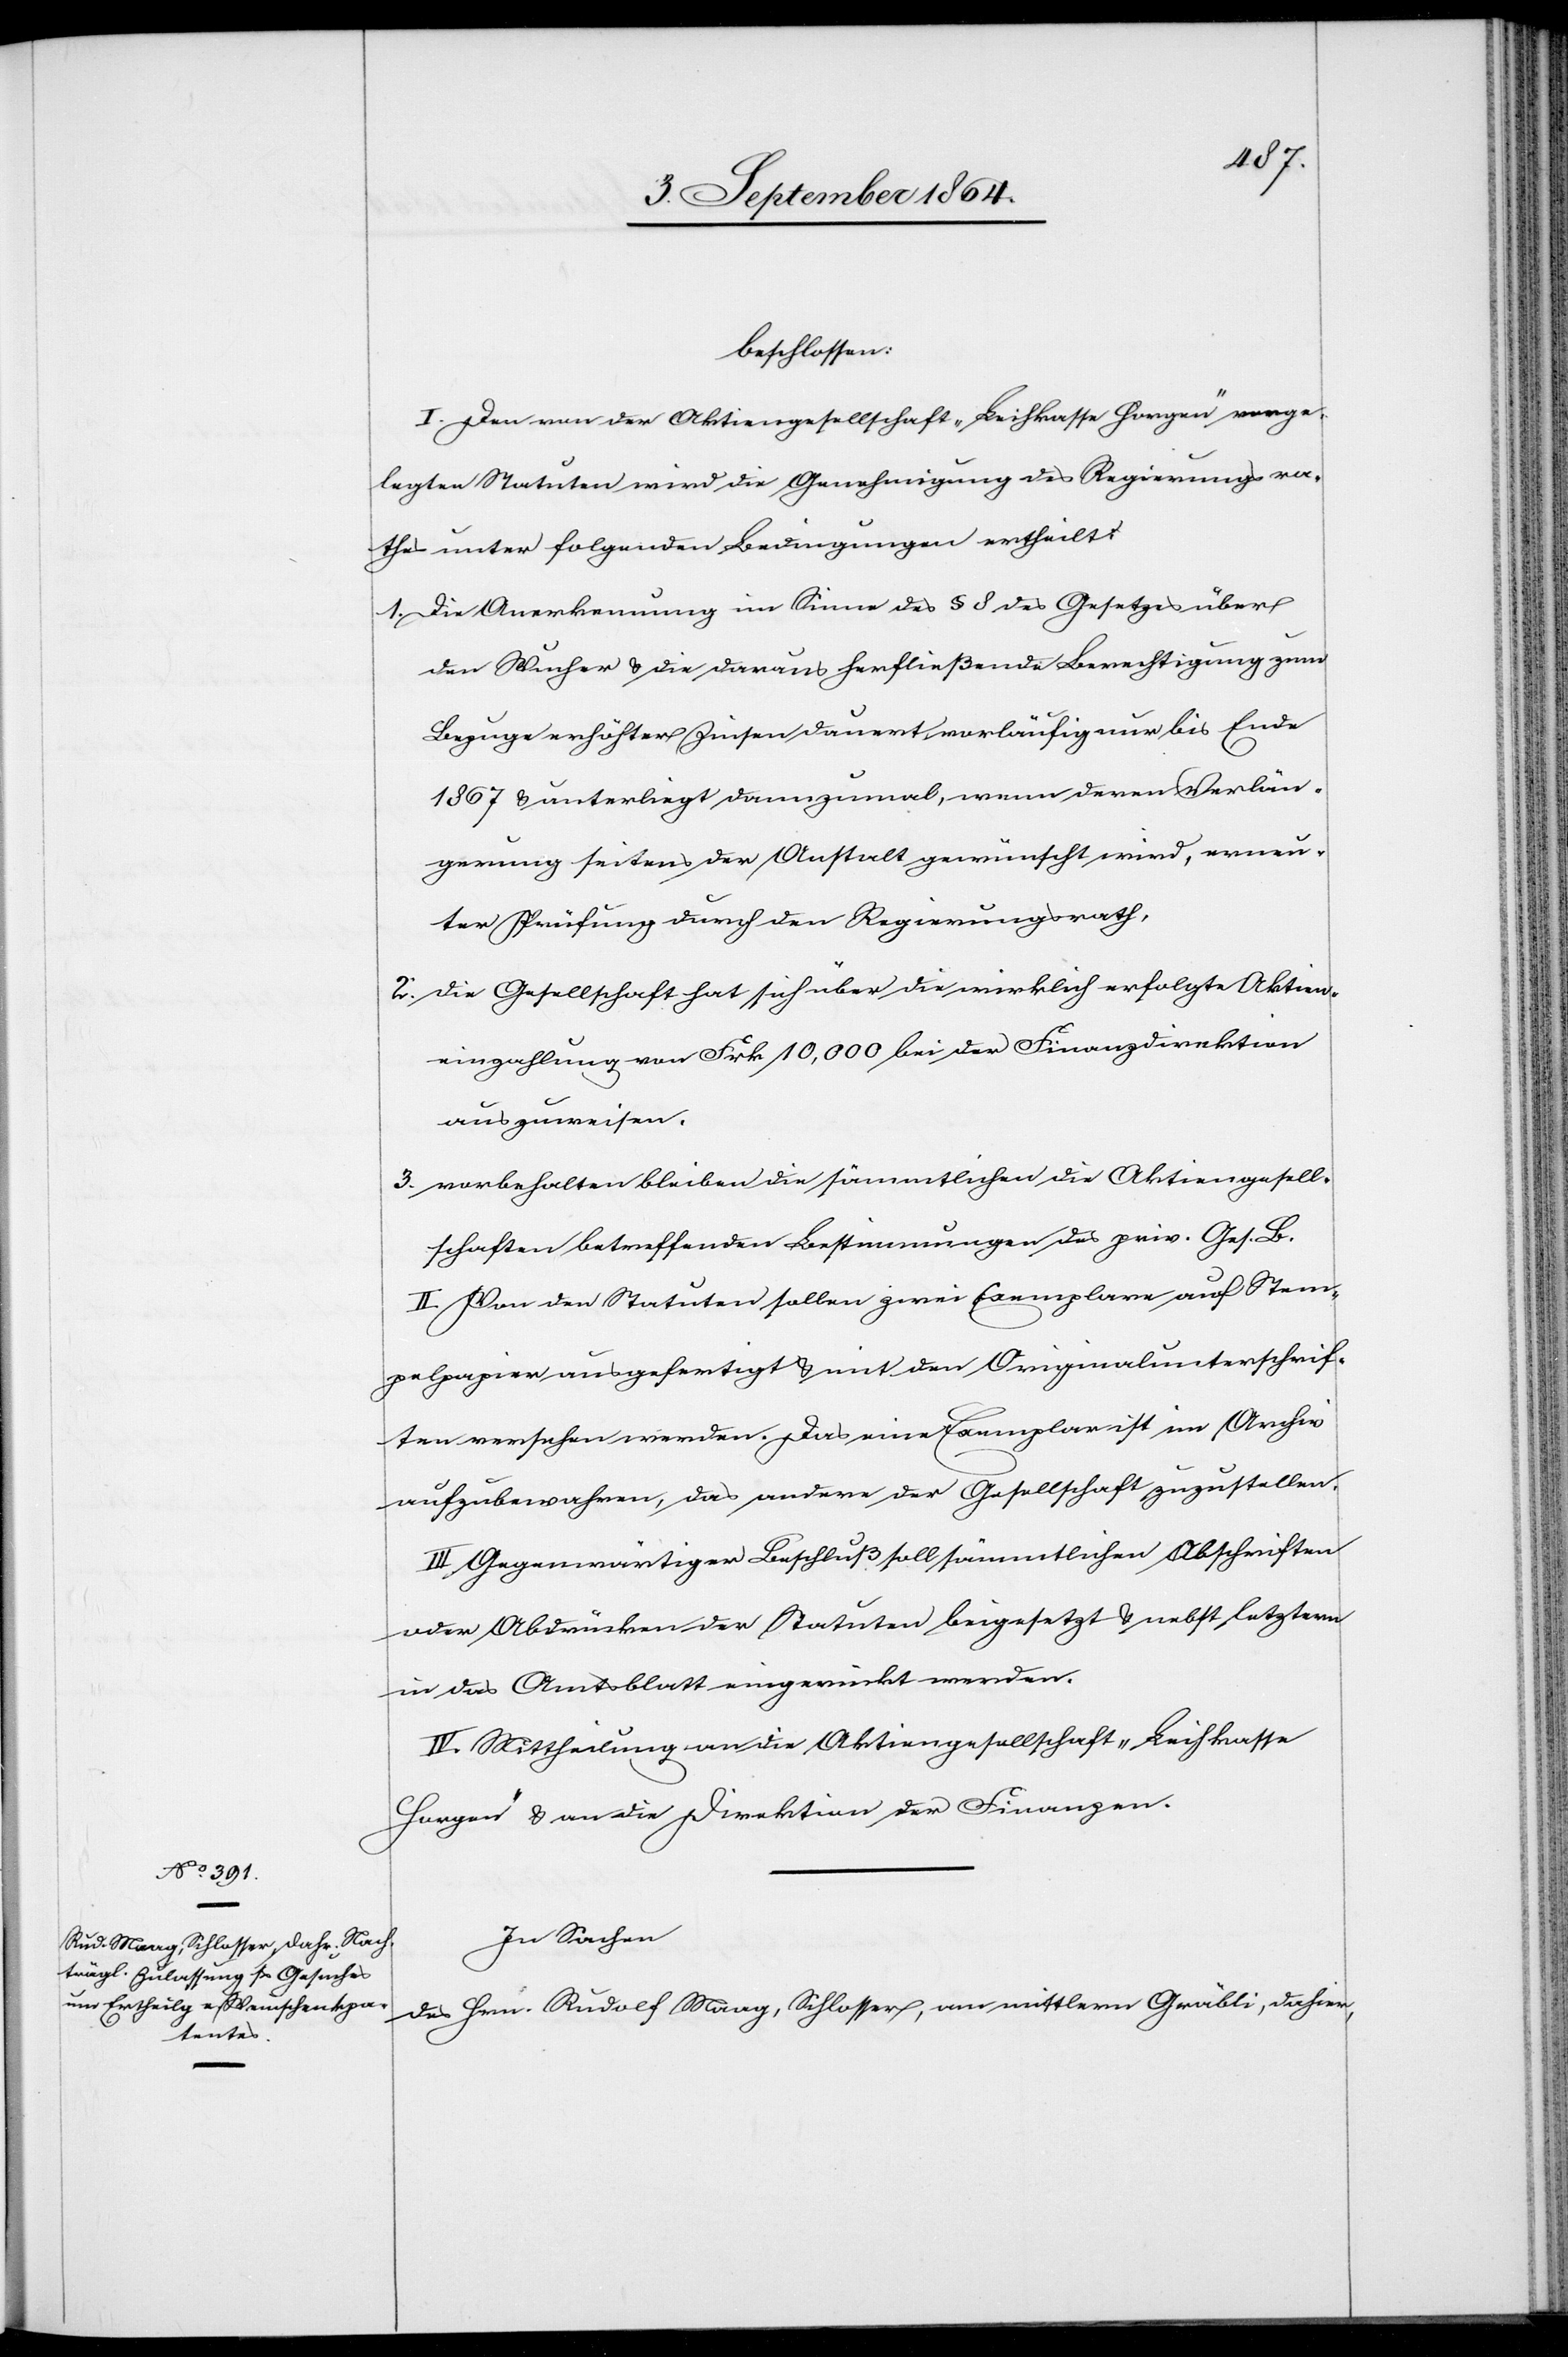
beschlossen:
I. Den von der Aktiengesellschaft „Leihkasse Horgen“ vorge¬
legten Statuten wird die Genehmigung des Regierungsra¬
thes unter folgenden Bedingungen ertheilt:
1.	Die Anerkennung im Sinne des § 8 des Gesetzes über
den Wucher & die daraus herfließende Berechtigung zum
Bezuge erhöhter Zinsen dauert vorläufig nur bis Ende
1867 & unterliegt dannzumal, wenn deren Verlän¬
gerung seitens der Anstalt gewünscht wird, erneu¬
ter Prüfung durch den Regierungsrath,
2.	die Gesellschaft hat sich über die wirklich erfolgte Aktien¬
einzahlung von Frk. 10,000 bei der Finanzdirektion
auszuweisen,
3.	vorbehalten bleiben die sämmtlichen die Aktiengesell¬
schaften betreffenden Bestimmungen des priv. Ges. B.
II. Von den Statuten sollen zwei Exemplare auf Stem¬
pelpapier ausgefertigt & mit den Originalunterschrif¬
ten versehen werden. Das eine Exemplar ist im Archiv
aufzubewahren, das andere der Gesellschaft zuzustellen.
III. Gegenwärtiger Beschluß soll sämmtlichen Abschriften
oder Abdrücken der Statuten beigesetzt & nebst letztern
in das Amtsblatt eingerückt werden.
IV. Mittheilung an die Aktiengesellschaft „Leihkasse
Horgen“ & an die Direktion der Finanzen.
In Sachen